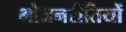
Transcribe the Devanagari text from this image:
भोजनरीतियों